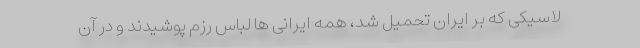
لاسیکی که بر ایران تحمیل شد، همه ایرانی ها لباس رزم پوشیدند و در آن